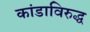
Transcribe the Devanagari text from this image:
कांडाविरुद्ध